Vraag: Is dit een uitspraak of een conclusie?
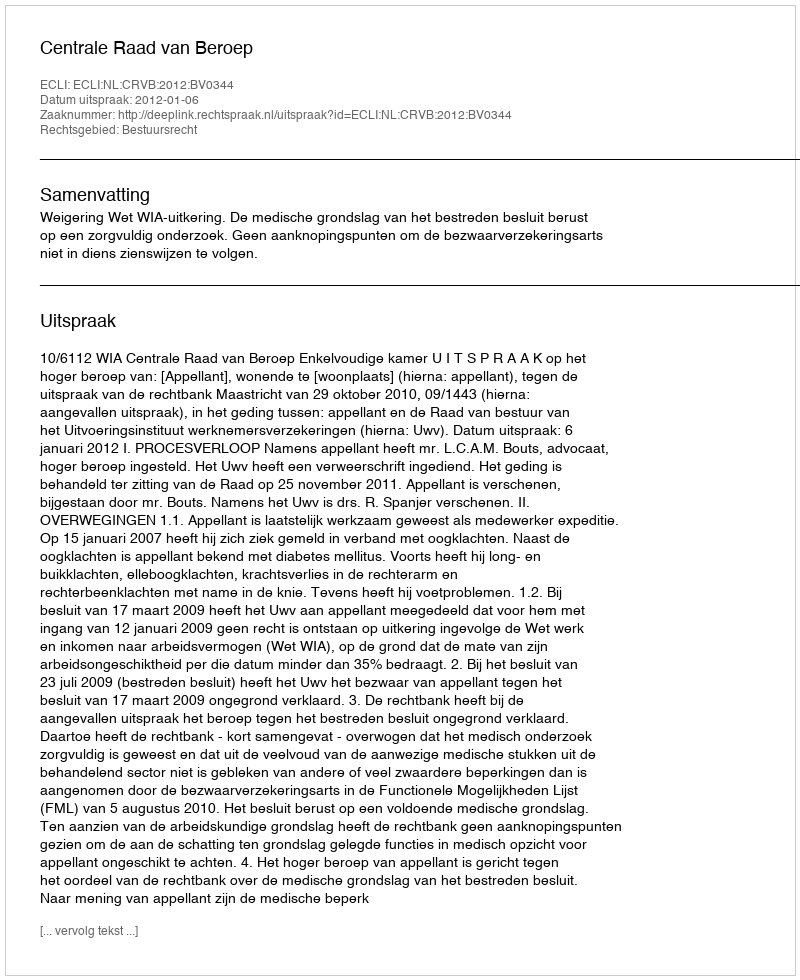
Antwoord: Uitspraak